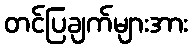
တင်ပြချက်များအား